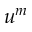
u ^ { m }